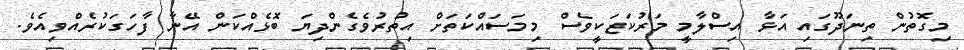
މިގޮތުން ތިނަދޫގައި އަޅާ އިސްލާމީ މަރުކަޒަކީވެސް މިމަސައްކަތަށް އިތުރުވެގެންދިޔަ ބޮޅެއްކަން އޭނާ ފާހަގަކުރެއްވިއެވެ.